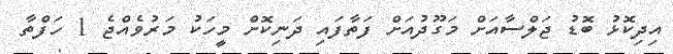
އިދިކޮޅު ބޮޑު ޖަލްސާއަށް މަގޫދުއަށް ފަތާފައި ދަނިކޮށް މީހަކު މަރުވެއްޖެ 1 ހަފްތާ